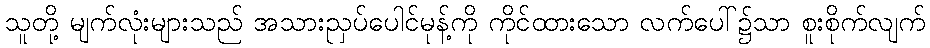
သူတို့ မျက်လုံးများသည် အသားညှပ်ပေါင်မုန့်ကို ကိုင်ထားသော လက်ပေါ်၌သာ စူးစိုက်လျက်